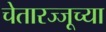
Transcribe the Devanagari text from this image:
चेतारज्जूच्या